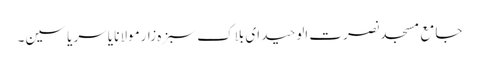
جامع مسجد نصرت الوحید ای بلاک سبزہ زارمولانا یاسر یاسین۔